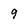
Character: 9